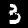
Digit: 3